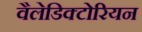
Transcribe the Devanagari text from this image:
वैलेडिक्टोरियन